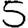
Digit: 5